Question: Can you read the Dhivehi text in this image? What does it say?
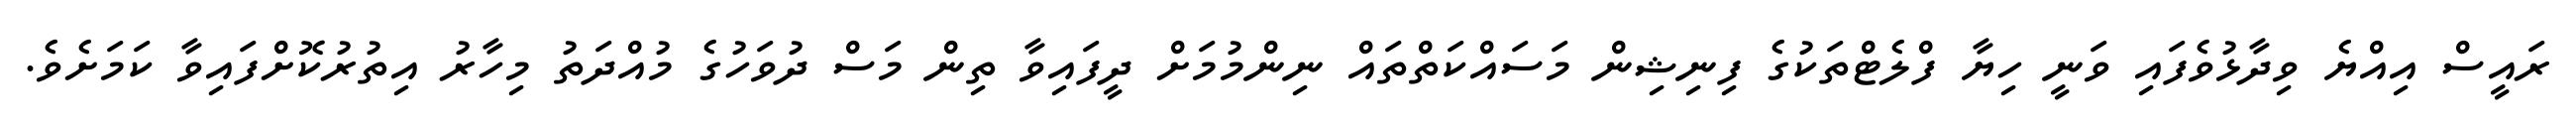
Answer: ރައީސް އިއްޔެ ވިދާޅުވެފައި ވަނީ ހިޔާ ފްލެޓްތަކުގެ ފިނިޝިން މަސައްކަތްތައް ނިންމުމަށް ދީފައިވާ ތިން މަސް ދުވަހުގެ މުއްދަތު މިހާރު އިތުރުކޮށްފައިވާ ކަމަށެވެ.